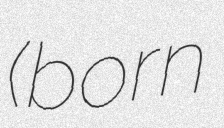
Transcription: (born